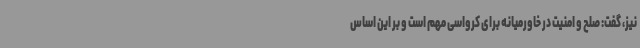
نیز، گفت: صلح و امنیت در خاورمیانه برای کرواسی مهم است و بر این اساس